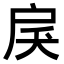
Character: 𢨾